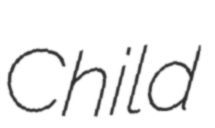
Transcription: Child